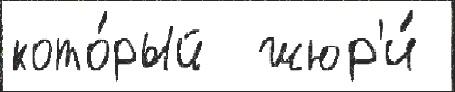
кото́рый  жюр'и́